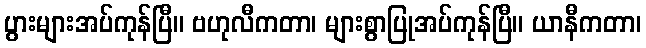
ပွားများအပ်ကုန်ပြီ။ ဗဟုလီကတာ၊ များစွာပြုအပ်ကုန်ပြီ။ ယာနီကတာ၊